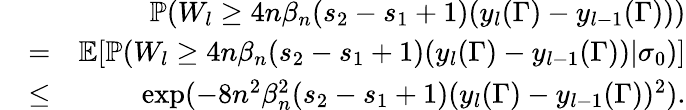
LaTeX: \begin{array}{rlr}&{}&{\mathbb{P}(W_{l}\geq 4n\beta_{n}(s_{2}-s_{1}+1)(y_{l}(\Gamma)-y_{l-1}(\Gamma)))}\\ &{=}&{\mathbb{E}[\mathbb{P}(W_{l}\geq 4n\beta_{n}(s_{2}-s_{1}+1)(y_{l}(\Gamma)-y_{l-1}(\Gamma))|\sigma_{0})]}\\ &{\leq}&{\exp(-8n^{2}\beta_{n}^{2}(s_{2}-s_{1}+1)(y_{l}(\Gamma)-y_{l-1}(\Gamma))^{2}).}\end{array}